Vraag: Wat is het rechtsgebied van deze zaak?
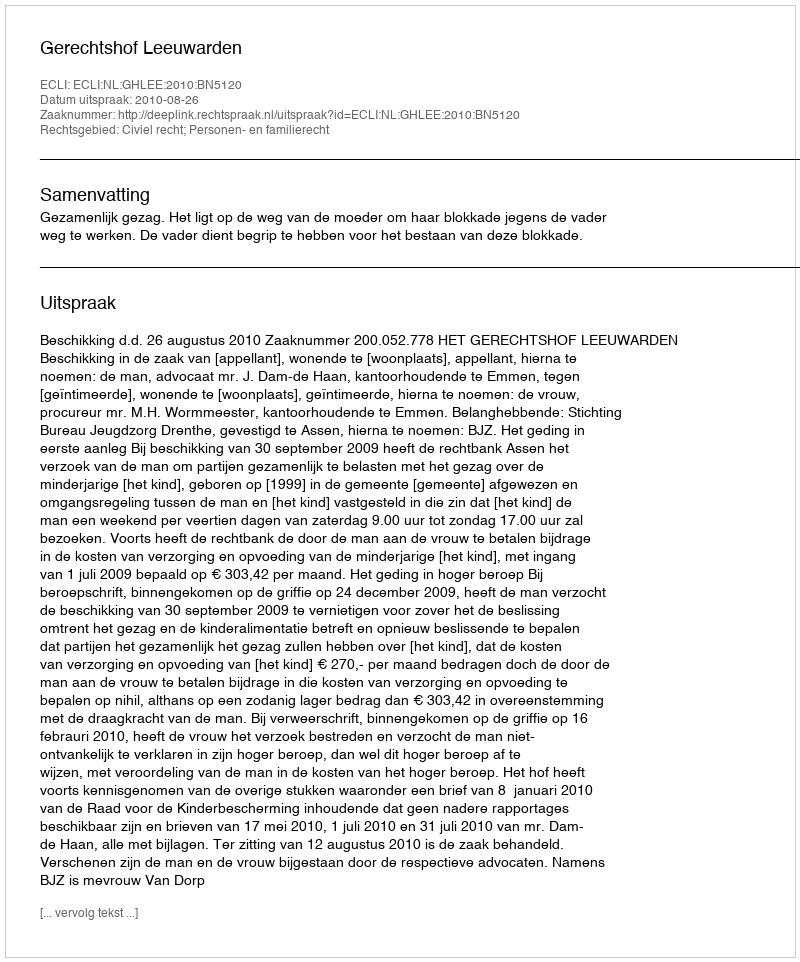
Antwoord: Civiel recht; Personen- en familierecht